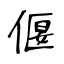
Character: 偃